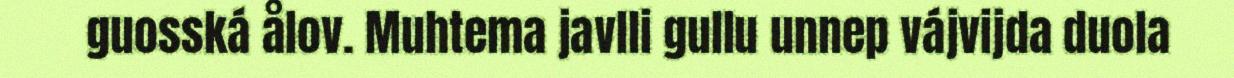
guosská ålov. Muhtema javlli gullu unnep vájvijda duola